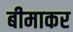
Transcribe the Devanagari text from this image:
बीमाकर